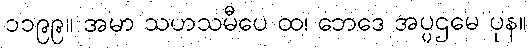
၁၁၉၉။ အမာ သဟသမီပေ ထ၊ ဘေဒေ အပ္ပဌမေ ပုန။